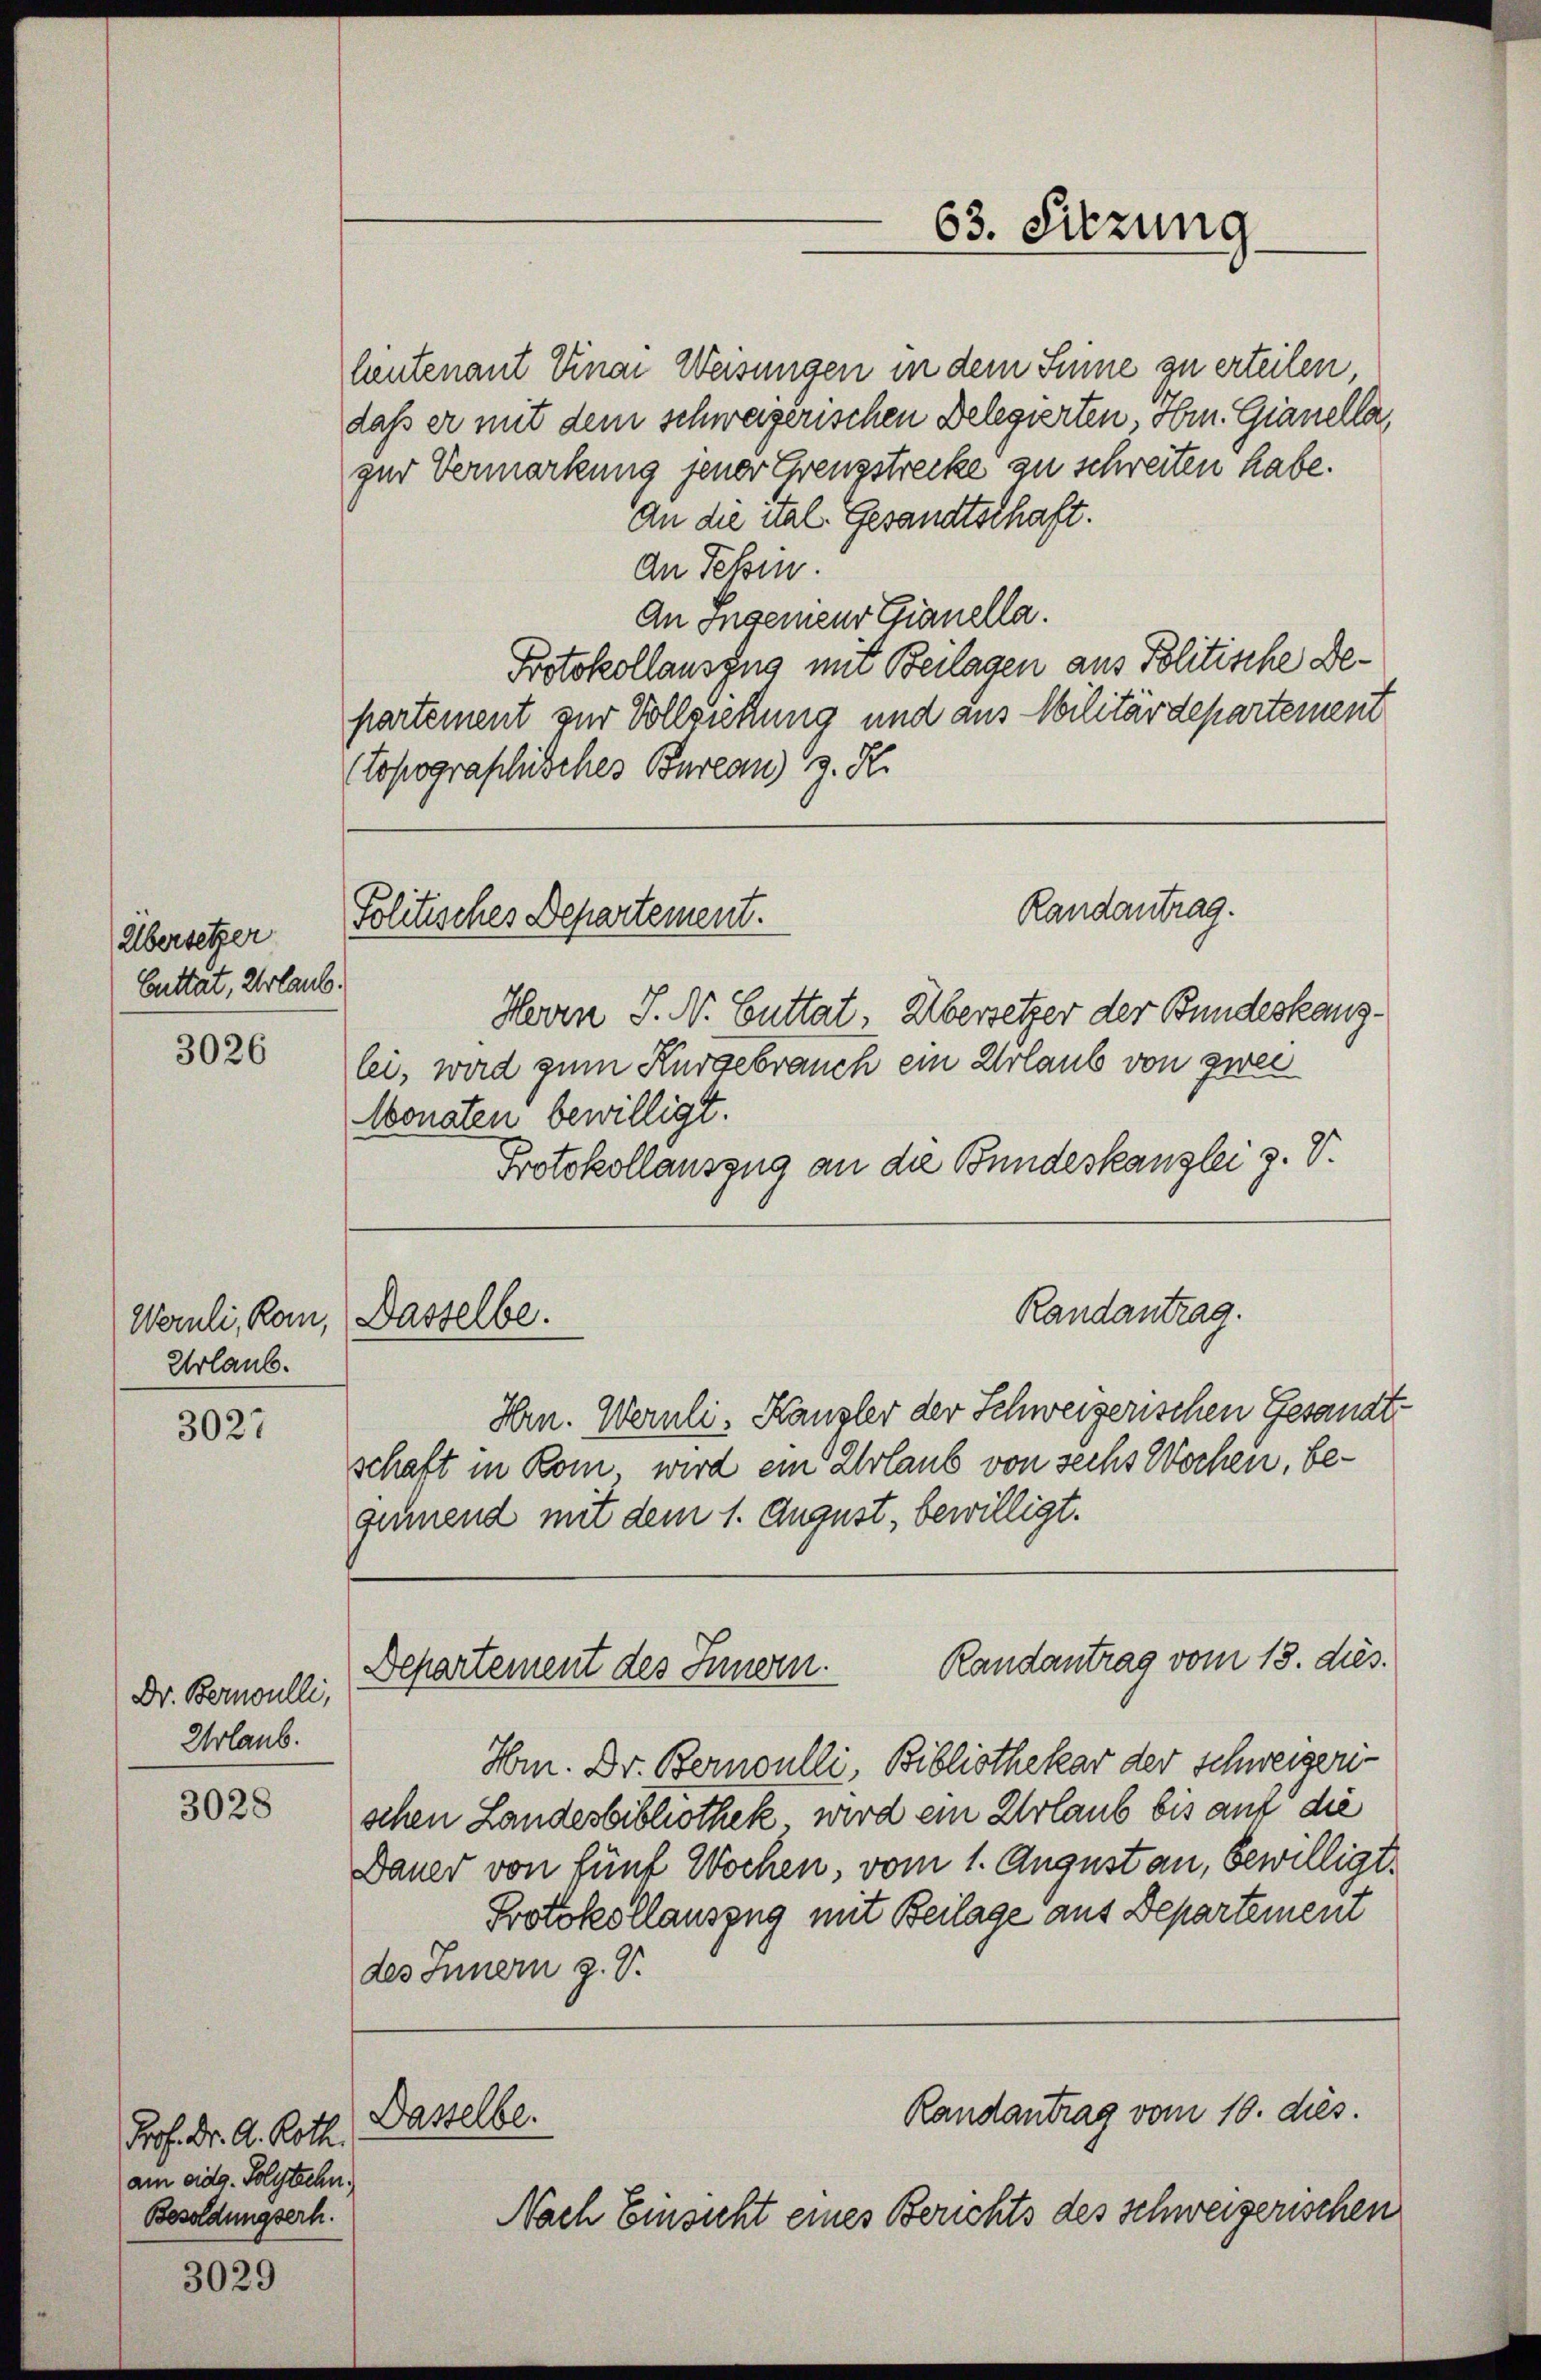
Übersetzer
Cuttat, Urlaub.

3026

Urlaub.

3027

Dr. Bernoulli,
Urlaub.

3028

Prof. Dr. A. Roth.
am eidg. Polytechn.
Besoldungserh.

3029

Politisches Departement.

Monaten bewilligt.

leutenant Sinai Weisungen in dem Sinne zu erteilen
daß er mit dem schweizerischen Delegierten, oben. Gianella,
zur Vermarkung jener Grenzstrecke zu schreiten habe.
An die ital. Gesandtschaft.
an Tessin.
An Ingenieur Gianella.
Protokollauszug um Beilagen aus Politische Departement zur Vollziehtung und aus Militärdepartement
topographisches Bureau z. R.
Herrn P. N. Guttat. Übersetzer der Bundeskanzlei, wird zum Kurgebrauch ein Urlaub von zwei
Protokollauszug an die Bundeskanzlei z. V.
Randantrag.
Weruli, kan, Dasselbe.
Hrn. Wernli, Kausler der Schweizerischen Gesandtschaft in Rom wird ein Urlaub von sechs Wochen, begumend mit dem 1. August, bewilligt.
Randantrag vom 13. dies.
Departement des Innern.
Hr. Dr. Bernoulli, Bibliothekar der Schweizerischen Landesbibliothek, wird ein Urlaub bis auf die
Dauer von fünf Wochen, vom 1. August an, bewilligt.
Protokollauszug mit Beilage aus Departement
des Innern z. V.
Randantrag vom 10. dies.
Dasselbe.
Nach Einsicht eines Berichts des Schweizerischen

63. Sitzung

Randantrag.